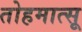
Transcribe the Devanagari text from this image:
तोहमात्सू